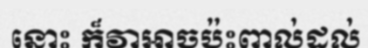
នោះ ក៏វាអាចប៉ះពាល់ដល់